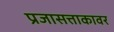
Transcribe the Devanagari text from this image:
प्रजासत्ताकावर